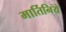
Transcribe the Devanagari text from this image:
मार्तिनिये